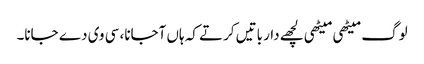
لوگ میٹھی میٹھی لچھے دار باتیں کرتے کہ ہاں آجانا، سی وی دے جانا۔